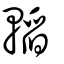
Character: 轁